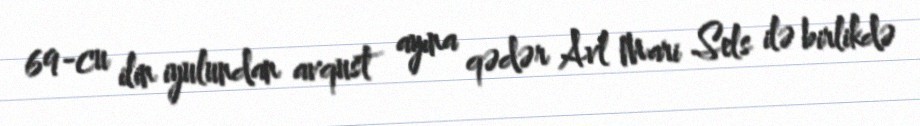
69-cu ilin iyulundan avqust ayına qədər Avl Mari Sels ilə birlikdə